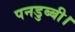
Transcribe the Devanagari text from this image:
पनडुब्‍बी।